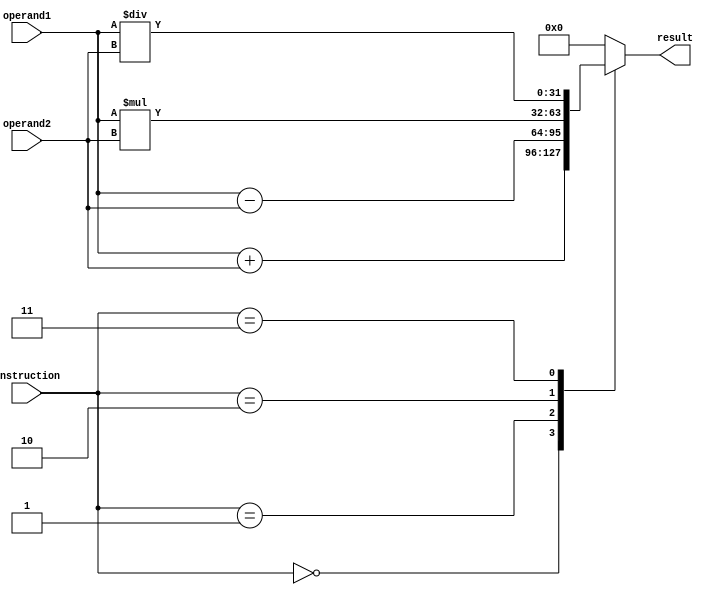
module Complex_ALU (
    input wire [3:0] instruction,
    input wire [31:0] operand1,
    input wire [31:0] operand2,
    output wire [31:0] result
);

reg [31:0] result_reg;

always @(*) begin
    case(instruction)
        4'b0000: result_reg = operand1 + operand2; // Adder
        4'b0001: result_reg = operand1 - operand2; // Subtractor
        4'b0010: result_reg = operand1 * operand2; // Multiplier
        4'b0011: result_reg = operand1 / operand2; // Divider
        default: result_reg = 32'b0; // Default case
    endcase
end

assign result = result_reg;

endmodule